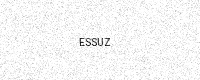
Text: ESSUZ